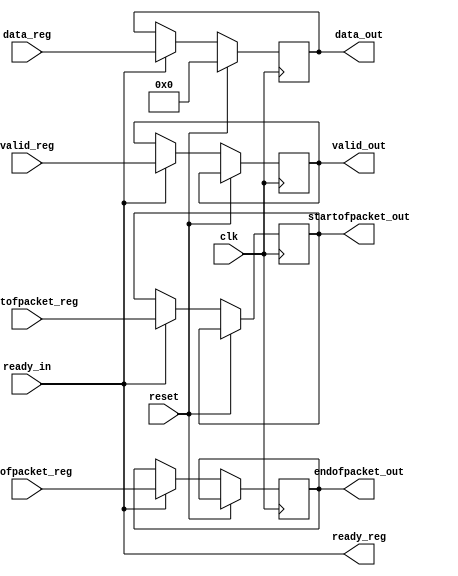
/* PROYECTO CHS 2022/2023
 * Avalon streaming source interface de la IP de vdeo
 *
 * Implementacin a partir de los recursos de Intel/Altera:
 *
 * Altera Corp, "Avalon Interface Specifications. 
 * Ch.6: Avalon Streaming Interfaces: 6.2: Avalon-ST Interface
 * Signals" document ver. 1.2, april 2009
*/

// Seales necesarias extradas de la interfaz del 
// avalon_streaming_source del avalon_pixel_source del 
// video_dma_controller_ip_input, elemento del qsys que nos sirve los
// datos por streaming con un formato determinado.

// Seales necesarias: 
// clk, ready, valid, startofpacket, endofpacket, data[15:0]
// startofpacket y endofpacket indican el principio y fin de un frame?


module avalon_st_source_interface (
    
    input wire reset,  // reset
    input wire clk,  // reloj
    
    input wire ready_in,  // ready, seal del sink al source. Indica si la IP est lista para recibir datos al source anterior. Se pasa al registro, y del registro al sink, y del sink al anterior.
    output wire ready_reg,
    
    input wire valid_reg,  // salida de datos vlidos
    output reg valid_out,  // salida de datos vlidos
    
    input wire [15:0] data_reg,  // datos, registro de la IP
    output reg [15:0] data_out, // datos, salida
    
    input wire startofpacket_reg,  // indicador inicio frame, de la IP
    input wire endofpacket_reg,  // indicador fin frame, de la IP
    
    output reg startofpacket_out,  // indicador inicio frame, salida
    output reg endofpacket_out  // indicador fin frame, salida
);


// listo para recibir datos inmediatamente cuando el bloque inferior lo est
assign ready_reg = ready_in;

// PUESH ESTO PUEDE SER COMBINACIONAL 8=)

always @(posedge clk)
begin
    
    if (reset)  // Si hay un reset: borrar todos los registros
    begin
        data_out <= 16'd0;
    end
    
    else
    begin
        if (ready_reg)
        begin
            // pasamos el vlido con misma latencia que los datos
            valid_out <= valid_reg;
            
            // transferencias para que sea accesible por la IP
            data_out <= data_reg;
            startofpacket_out <= startofpacket_reg;
            endofpacket_out <= endofpacket_reg;
        end
    end
end

endmodule